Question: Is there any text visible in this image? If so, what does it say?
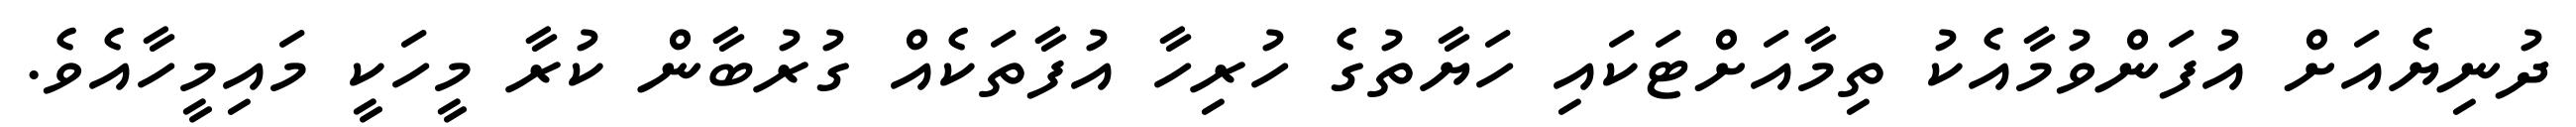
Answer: ދުނިޔެއަށް އުފަންވުމާއެކު ތިމާއަށްޓަކައި ހަޔާތުގެ ހުރިހާ އުފާތަކެއް ގުރުބާން ކުރާ މީހަކީ މައިމީހާއެވެ.